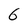
Character: 6